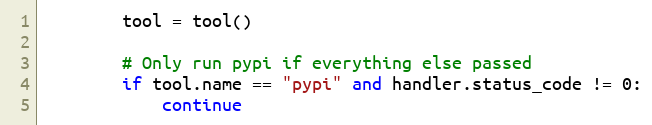
Language: Python
        tool = tool()

        # Only run pypi if everything else passed
        if tool.name == "pypi" and handler.status_code != 0:
            continue